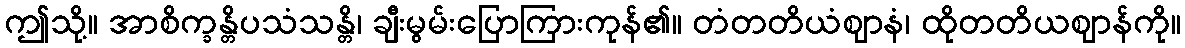
ဤသို့။ အာစိက္ခန္တိပသံသန္တိ၊ ချီးမွမ်းပြောကြားကုန်၏။ တံတတိယံဈာနံ၊ ထိုတတိယဈာန်ကို။